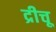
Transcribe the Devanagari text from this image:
द्रीचू